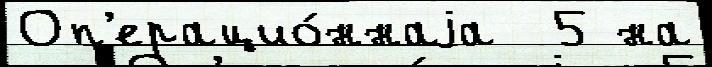
Оп'ерацио́ннаjа  5 на